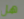
هل